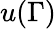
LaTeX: u(\Gamma)